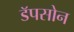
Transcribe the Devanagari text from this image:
डॅपसोन